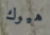
هيوك